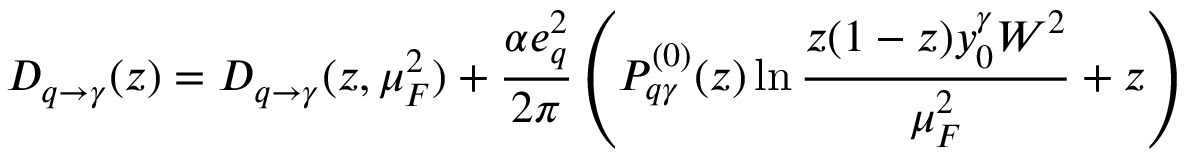
D _ { q \rightarrow \gamma } ( z ) = D _ { q \to \gamma } ( z , \mu _ { F } ^ { 2 } ) + \frac { \alpha e _ { q } ^ { 2 } } { 2 \pi } \left( P _ { q \gamma } ^ { ( 0 ) } ( z ) \ln \frac { z ( 1 - z ) y _ { 0 } ^ { \gamma } W ^ { 2 } } { \mu _ { F } ^ { 2 } } + z \right) \,